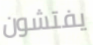
يفتشون